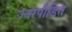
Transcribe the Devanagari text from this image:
ज्वरपीड़ित